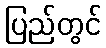
ပြည်တွင်